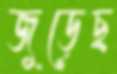
জুড়েছ